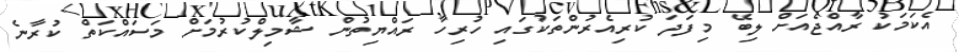
އެކަމަކު ރާއްޖެއަށް ލިބޭ މިފަދަ ކުރިއެރުންތަކުގައި ހުރިހާ ރައްޔިތުން ޝާމިލްކުރުމަށް މަސައްކަތް ކުރާނެ